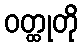
ဝတ္ထုတို